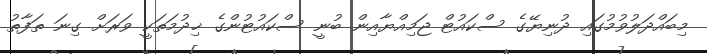
މިބައްދަލުވުމުގައި ދުނިޔޭގެ ސްކައުޓް ޖަމިއްޔާއިން ބުނީ ސްކައުޓުންގެ ޚިދުމަތަކީ ވަރަށް ގިނަ ތަފާތު